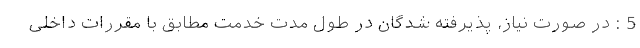
5 : در صورت نیاز، پذیرفته شدگان در طول مدت خدمت مطابق با مقررات داخلی